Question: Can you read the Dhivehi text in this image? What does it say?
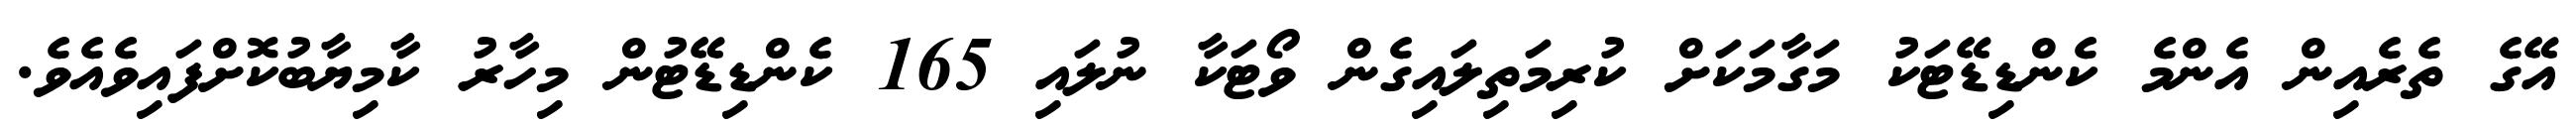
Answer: އޭގެ ތެރެއިން އެންމެ ކެންޑިޑޭޓަކު މަގާމަކަށް ކުރިމަތިލައިގެން ވޯޓަކާ ނުލައި 165 ކެންޑިޑޭޓުން މިހާރު ކާމިޔާބުކޮށްފައިވެއެވެ.